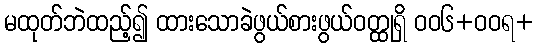
မထုတ်ဘဲထည့်၍ ထားသောခဲဖွယ်စားဖွယ်ဝတ္ထုရှိ ဝဝ၆+ဝဝရ+